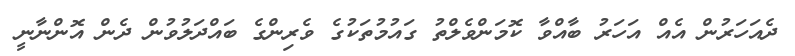
ދެއަހަރުން އެއް އަހަރު ބާއްވާ ކޮމަންވެލްތު ގައުމުތަކުގެ ވެރިންގެ ބައްދަލުވުން ދެން އޮންނާނީ